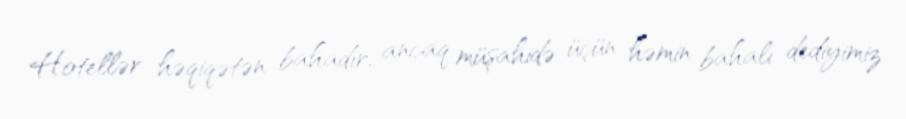
Hotellər həqiqətən bahadır, ancaq müşahidə üçün həmin bahalı dediyimiz